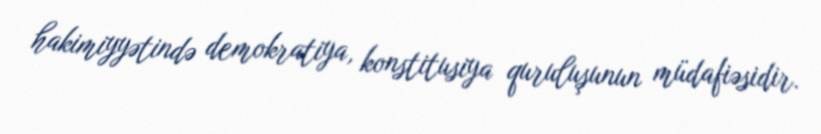
hakimiyyətində demokratiya, konstitusiya quruluşunun müdafiəsidir.